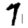
Digit: 7